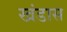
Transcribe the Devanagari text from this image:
खंडास